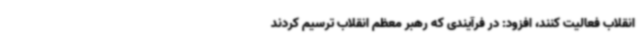
انقلاب فعالیت کنند، افزود: در فرآیندی که رهبر معظم انقلاب ترسیم کردند